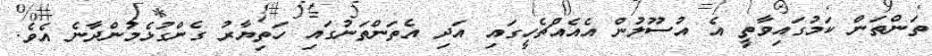
ތަންތަން ކަމުގައިވާތީ އެ އުސޫލުން އެއެއްޗެހީގައި އަދި އެތަންތަނުގައި ހަތިޔާރު ގެންގުޅެމުންދާނެ އެވެ.